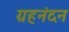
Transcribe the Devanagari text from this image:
ग्रहनंदन